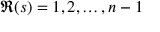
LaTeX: \Re ( s ) = 1 , 2 , \dots , n - 1